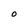
Character: O